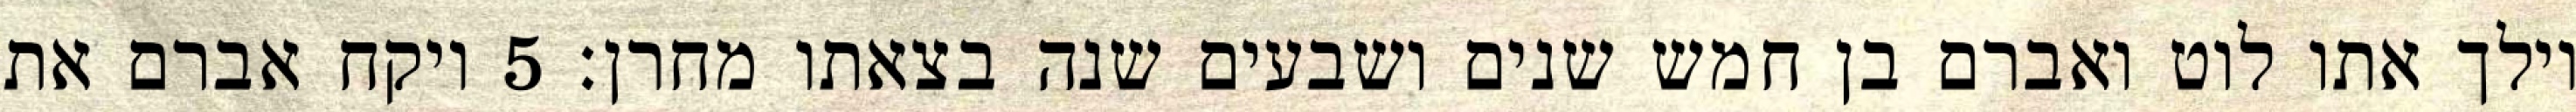
וילך אתו לוט ואברם בן חמש שנים ושבעים שנה בצאתו מחרן׃ ‎5‏ ויקח אברם את